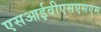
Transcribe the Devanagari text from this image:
एसआईवीएसएसएम